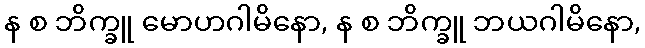
န စ ဘိက္ခူ မောဟဂါမိနော, န စ ဘိက္ခူ ဘယဂါမိနော,